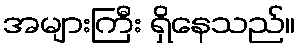
အများကြီး ရှိနေသည်။